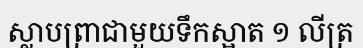
ស្លាបព្រាជាមួយទឹកស្អាត ១ លីត្រ